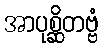
အာပုစ္ဆိတဗ္ဗံ